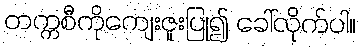
တက္ကစီကိုကျေးဇူးပြု၍ ခေါ်လိုက်ပါ။